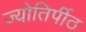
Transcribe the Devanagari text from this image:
ज्योतिर्पीठ